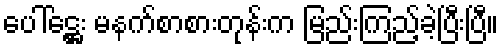
ပေါ်ဋ္ဌေး မနက်စာစားတုန်းက မြည်းကြည့်ခဲ့ပြီးပြီ။